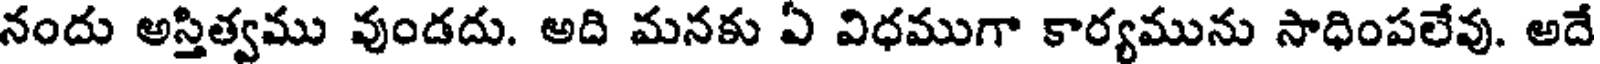
నందు అస్తిత్వము వుండదు. అది మనకు ఏ విధముగా కార్యమును సాధింపలేవు. అదే